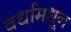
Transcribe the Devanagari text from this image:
वर्धामधून